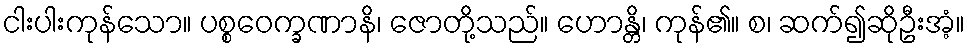
ငါးပါးကုန်သော။ ပစ္စဝေက္ခဏာနိ၊ ဇောတို့သည်။ ဟောန္တိ၊ ကုန်၏။ စ၊ ဆက်၍ဆိုဦးအံ့။